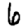
Digit: 6